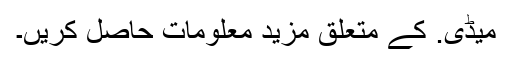
میڈی. کے متعلق مزید معلومات حاصل کریں۔